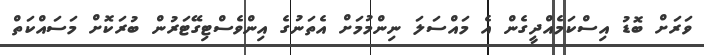
ވަރަށް ބޮޑު އިސްކަމެއްދީގެން އެ މައްސަލަ ނިންމުމަށް އެތަނުގެ އިންވެސްޓިގޭޓަރުން ބުރަކޮށް މަސައްކަތް